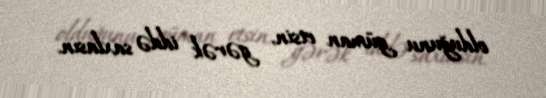
olduğunu güman etsin, gərək iddə saxlasın.